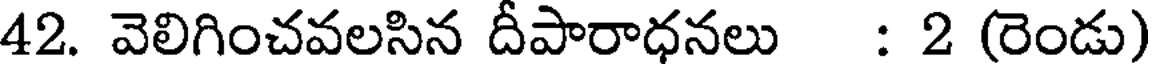
42. వెలిగించవలసిన దీపారాధనలు : 2 (రెండు)